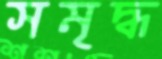
সমৃদ্ধ